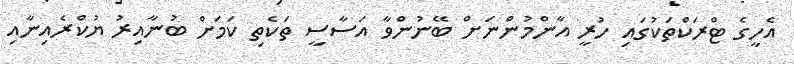
އެހީގެ ޓްރަކްތަކުގައި ހުރީ އާންމުންނަށް ބޭނުންވާ އަސާސީ ތަކެތި ކަމަށް ބުނާއިރު ޔުކްރެއިނާއި